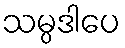
သမ္ပဒါပေ